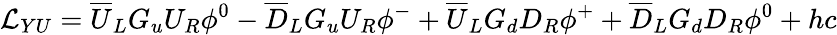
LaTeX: {\mathcal{L}}_{YU}={\overline{{U}}}_{L}G_{u}U_{R}\phi^{0}-{\overline{{D}}}_{L}G_{u}U_{R}\phi^{-}+{\overline{{U}}}_{L}G_{d}D_{R}\phi^{+}+{\overline{{D}}}_{L}G_{d}D_{R}\phi^{0}+hc